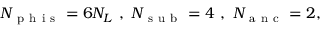
\begin{array} { r } { N _ { \mathrm { ~ p ~ h ~ i ~ s ~ } } = 6 N _ { L } \ , \ N _ { \mathrm { ~ s ~ u ~ b ~ } } = 4 \ , \ N _ { \mathrm { ~ a ~ n ~ c ~ } } = 2 , } \end{array}